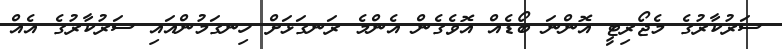
ސަރުކާރުގެ މެޖޯރިޓީ އޮންނަ ބޯޑެއް އޮވެގެން އެންމެ ރަނގަޅަށް ހިނގަމުންއައި ސަރުކާރުގެ އެއް